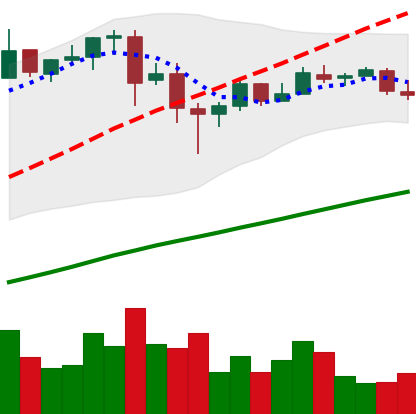
Ticker: BTC-USD
Chart end date: 2017-06-25
Forward return: -4.193%
Label: down_3_5